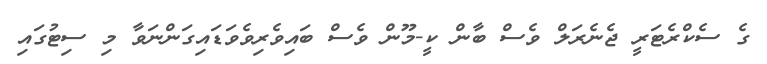
ގެ ސެކްރެޓަރީ ޖެނެރަލް ވެސް ބާން ކީ-މޫން ވެސް ބައިވެރިވެވަޑައިގަންނަވާ މި ސިޓުގައި